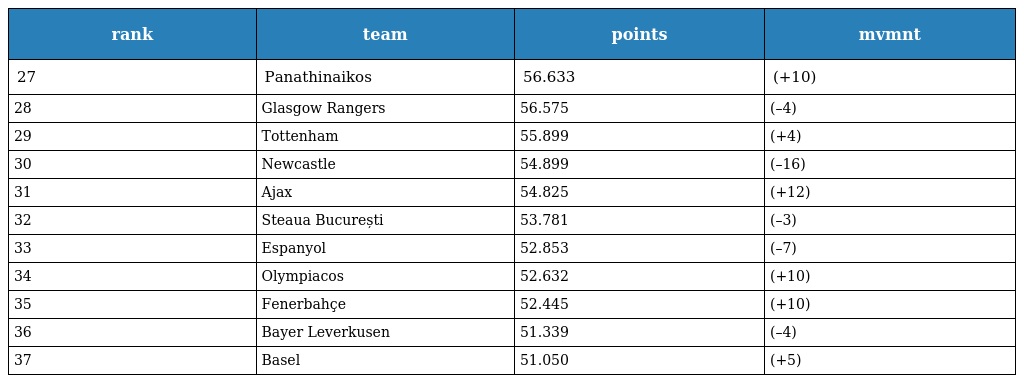
| rank | team | points | mvmnt |
 | --- | --- | --- | --- |
 | 27 | Panathinaikos | 56.633 | (+10) |
 | 28 | Glasgow Rangers | 56.575 | (–4) |
 | 29 | Tottenham | 55.899 | (+4) |
 | 30 | Newcastle | 54.899 | (–16) |
 | 31 | Ajax | 54.825 | (+12) |
 | 32 | Steaua București | 53.781 | (–3) |
 | 33 | Espanyol | 52.853 | (–7) |
 | 34 | Olympiacos | 52.632 | (+10) |
 | 35 | Fenerbahçe | 52.445 | (+10) |
 | 36 | Bayer Leverkusen | 51.339 | (–4) |
 | 37 | Basel | 51.050 | (+5) |